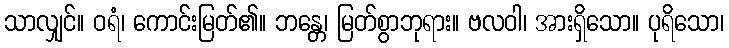
သာလျှင်။ ဝရံ၊ ကောင်းမြတ်၏။ ဘန္တေ၊ မြတ်စွာဘုရား။ ဗလဝါ၊ အားရှိသော။ ပုရိသော၊